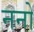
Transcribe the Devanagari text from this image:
ननो